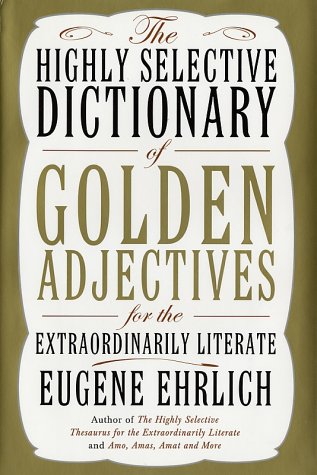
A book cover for The Highly Selective Dictionary of Golden Adjectives: For the Extraordinarily Literate; Eugene Ehrlich; Reference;